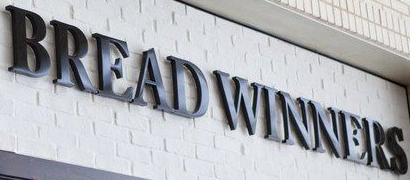
BREAD WINNERS